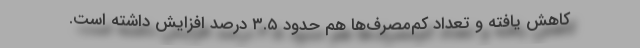
کاهش یافته و تعداد کم‌مصرف‌ها هم حدود ۳.۵ درصد افزایش داشته است‌.